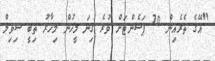
"އޭގެ ތެރެއިން 70 ޕަސެންޓަށް ވުރެ ގިނަ މީހުން މިހާރު ތިބީ ސިވިލް